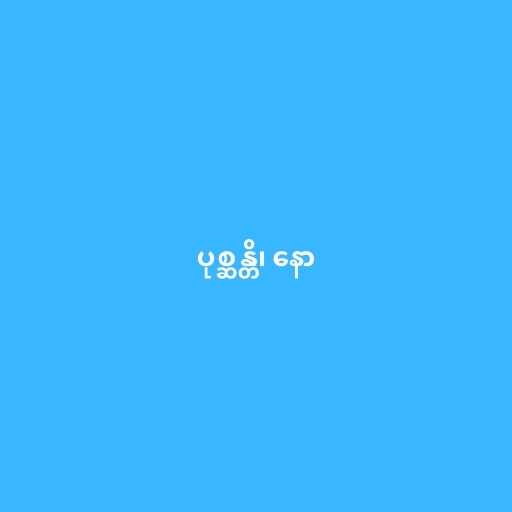
ပုစ္ဆန္တိ၊ နော